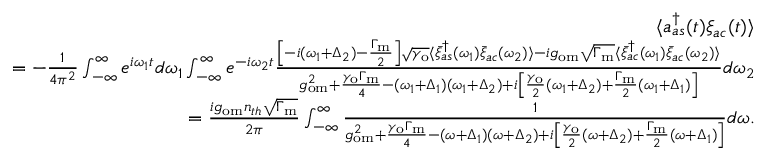
\begin{array} { r l r } & { } & { \langle a _ { a s } ^ { \dagger } ( t ) \xi _ { a c } ( t ) \rangle } \\ & { } & { = - \frac { 1 } { 4 \pi ^ { 2 } } \int _ { - \infty } ^ { \infty } e ^ { i \omega _ { 1 } t } d \omega _ { 1 } \int _ { - \infty } ^ { \infty } e ^ { - i \omega _ { 2 } t } \frac { \left[ - i ( \omega _ { 1 } + \Delta _ { 2 } ) - \frac { \Gamma _ { \mathrm { m } } } { 2 } \right] \sqrt { \gamma _ { \mathrm { o } } } \langle \bar { \xi } _ { a s } ^ { \dagger } ( \omega _ { 1 } ) \bar { \xi } _ { a c } ( \omega _ { 2 } ) \rangle - i g _ { \mathrm { o m } } \sqrt { \Gamma _ { \mathrm { m } } } \langle \bar { \xi } _ { a c } ^ { \dagger } ( \omega _ { 1 } ) \bar { \xi } _ { a c } ( \omega _ { 2 } ) \rangle } { g _ { \mathrm { o m } } ^ { 2 } + \frac { \gamma _ { \mathrm { o } } \Gamma _ { \mathrm { m } } } { 4 } - ( \omega _ { 1 } + \Delta _ { 1 } ) ( \omega _ { 1 } + \Delta _ { 2 } ) + i \left[ \frac { \gamma _ { \mathrm { o } } } { 2 } ( \omega _ { 1 } + \Delta _ { 2 } ) + \frac { \Gamma _ { \mathrm { m } } } { 2 } ( \omega _ { 1 } + \Delta _ { 1 } ) \right] } d \omega _ { 2 } } \\ & { } & { = \frac { i g _ { \mathrm { o m } } n _ { t h } \sqrt { \Gamma _ { \mathrm { m } } } } { 2 \pi } \int _ { - \infty } ^ { \infty } \frac { 1 } { g _ { \mathrm { o m } } ^ { 2 } + \frac { \gamma _ { \mathrm { o } } \Gamma _ { \mathrm { m } } } { 4 } - ( \omega + \Delta _ { 1 } ) ( \omega + \Delta _ { 2 } ) + i \left[ \frac { \gamma _ { \mathrm { o } } } { 2 } ( \omega + \Delta _ { 2 } ) + \frac { \Gamma _ { \mathrm { m } } } { 2 } ( \omega + \Delta _ { 1 } ) \right] } d \omega . } \end{array}